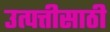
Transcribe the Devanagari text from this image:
उत्पत्तीसाठी